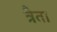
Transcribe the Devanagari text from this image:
त्रैता